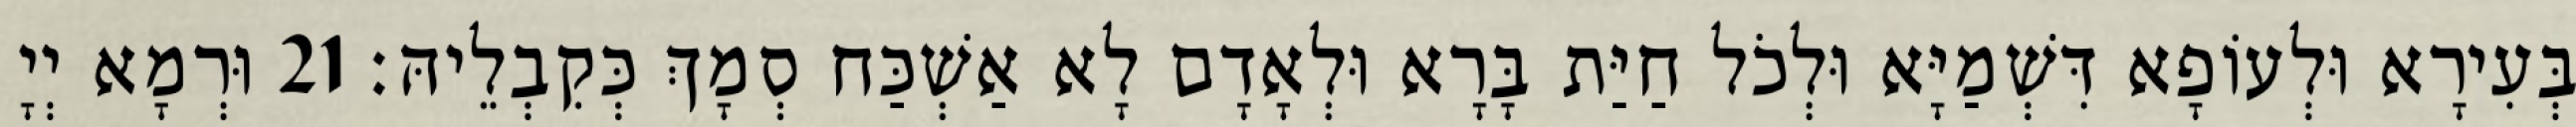
בְּעִירָא וּלְעוֹפָא דִּשְׁמַיָּא וּלְכֹל חַיַּת בָּרָא וּלְאָדָם לָא אַשְׁכַּח סְמָךְ כְּקִבְלֵיהּ׃ 21 וּרְמָא יְיָ